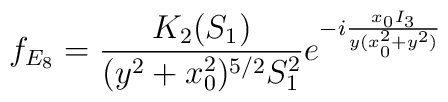
f_{E_8}=\frac{K_2(S_1)}{(y^2+x_0^2)^{5/2}S_1^2}e^{-i\frac{x_0 I_3}{y(x_0^2 + y^2)}}